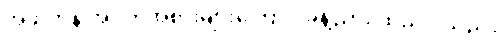
အဖိုးတန် အဝတ်အစားများကြောင့် ခန့်ညား ထည်ဝါသည်။